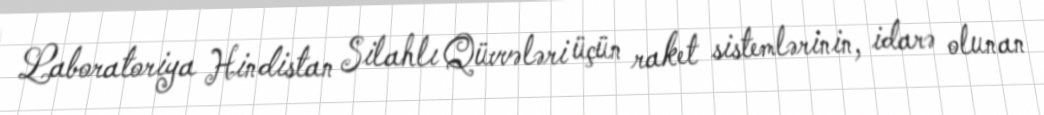
Laboratoriya Hindistan Silahlı Qüvvələri üçün raket sistemlərinin, idarə olunan